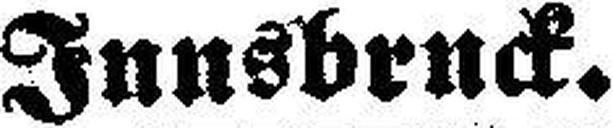
Innsbruck.